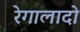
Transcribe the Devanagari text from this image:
रेगालादो